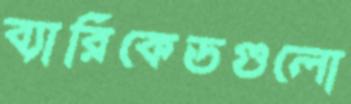
ব্যারিকেডগুলো